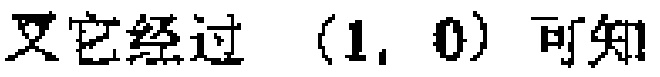
又它经过 \((1,0)\) 可知